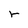
Character: r